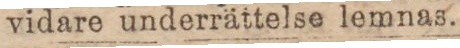
vidare underrättelse lemnas.